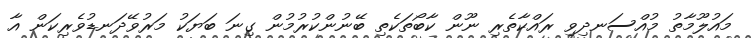
މައުލޫމާތު މުއްސަނދިވި ރައްކާތެރި ނޫން ކާބޯތަކެތި ބޭނުންކުރުމުން ގިނަ ބަޔަކު މަރުވޭދަނޑުވެރިކަން އާ